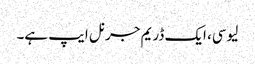
لیوسی، ایک ڈریم جرنل ایپ ہے۔